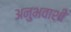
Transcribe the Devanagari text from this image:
अनुभवाशी